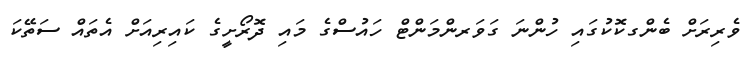
ވެރިރަށް ބެންގކޮކުގައި ހުންނަ ގަވަރންމަންޓް ހައުސްގެ މައި ދޮރޯށީގެ ކައިރިއަށް އެތައް ސަތޭކަ